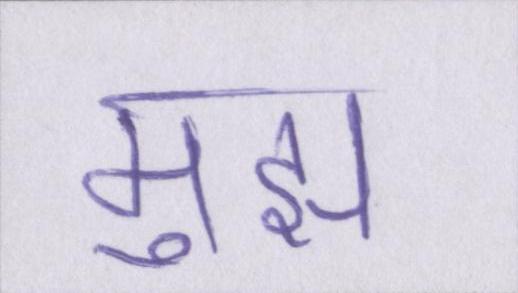
मुझ